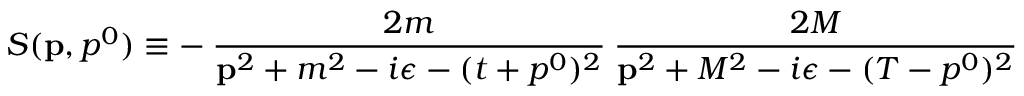
S ( { \bf p } , p ^ { 0 } ) \equiv - \: \frac { 2 m } { { \bf p } ^ { 2 } + m ^ { 2 } - i \epsilon - ( t + p ^ { 0 } ) ^ { 2 } } \: \frac { 2 M } { { \bf p } ^ { 2 } + M ^ { 2 } - i \epsilon - ( T - p ^ { 0 } ) ^ { 2 } }